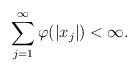
\begin{align*} \sum^{\infty}_{j=1}\varphi(|x_j|)<\infty. \end{align*}